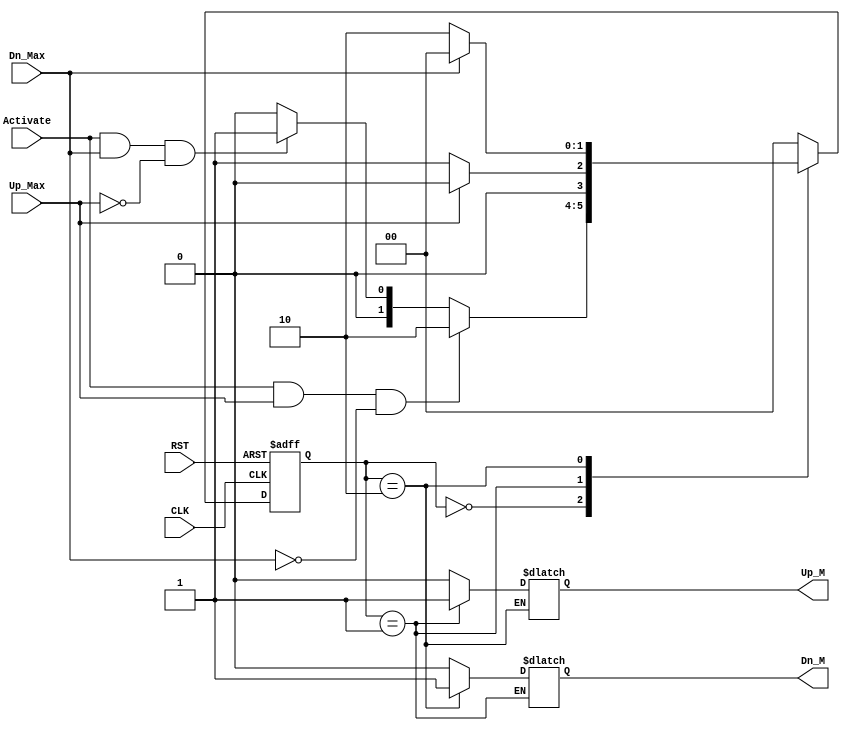
/******************************************************************************
*
* Module: Private - Door_Controller
*
*
* Description:  Activate push button (user) trigger the Up motor when the Door
*               down and trigger the Down motor when the Door UpUP_Max (Sensor) 
*               becomes high when the Door is completely open.DN_Max (Sensor) 
*               becomes high when the Door is completely close.Always the Door 
*               is completely close or completely open.Finite state machine is 
*               initialized to IDLE state using Asynchronous reset
*               States Diagram:
*               
*
*******************************************************************************/
//************************** Port Declaration ********************************//

module Door_Controller (

input      wire        CLK      , //Declaring the Variable As an Input Port with width 1 bit 
input      wire        RST      , //Declaring the Variable As an Input Port with width 1 bit 
input      wire        Activate , //Declaring the Variable As an Input Port with width 1 bit  
input      wire        Up_Max   , //Declaring the Variable As an Input Port with width 1 bit 
input      wire        Dn_Max   , //Declaring the Variable As an Input Port with width 1 bit 
output     reg         Up_M     , //Declaring the Variable As an Output Port with width 1 bit 
output     reg         Dn_M       //Declaring the Variable As an Output Port with width 1 bit 

);

//******************** Parameters Initialization  ******************//

localparam          IDLE  = 2'b00 ,
                    Mv_Up = 2'b01 ,                    
                    Mv_Dn = 2'b10 ;
                    
//******************** Internal Signal Declaration *****************//

reg      [1:0]      current_state ,
                    next_state ;

//************************* The RTL Code ***************************//

/*************** Starting The Sequential Always Block ***************/

always @ (posedge CLK or negedge RST)
 begin
  if(!RST)
    
       begin
 
          current_state <= IDLE ;
          
       end
  else
   
       begin
   
          current_state <= next_state ;
 
       end

 end

/*************** Starting The Combinational Always Block ***************/

always @ (*)
 
 begin
 
   case (current_state)
 
   IDLE   :  begin
             
              Up_M  = 1'b0 ;
              Dn_M  = 1'b0 ;
              
              if(Activate && Up_Max && !Dn_Max)
             
                begin
               
                   next_state = Mv_Dn  ;
               
                end
             
              else if(Activate && Dn_Max && !Up_Max)
             
                begin
             
                 next_state = Mv_Up     ;
             
                end
              
              else   
              
                begin
              
                 next_state = IDLE  ;
              
                end  
             end
             
   Mv_Up  :  begin
              
              Up_M  = 1'b1 ;
              
              if(Up_Max)
            
                begin
            
                 next_state = IDLE  ;
            
                end
            
              else  
                begin
                 next_state = Mv_Up  ;
                end        
             end
  
   Mv_Dn  :  begin
              
              Dn_M  = 1'b1 ;
              
              if(Dn_Max)
               
                begin
               
                 next_state = IDLE  ;
               
                end
             
              else  
             
                begin
             
                 next_state = Mv_Dn  ;
             
                end        
             end
  
   default : 
             begin
             
                 next_state = IDLE  ;
                 Up_M  = 1'b0 ;
                 Dn_M  = 1'b0 ;
             
             end  
   endcase   
 end



/*********************************************************************/

endmodule